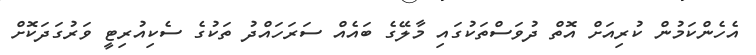
އެހެންކަމުން ކުރިއަށް އޮތް ދުވަސްތަކުގައި މާލޭގެ ބައެއް ސަރަހައްދު ތަކުގެ ސެކިއުރިޓީ ވަރުގަދަކޮށް